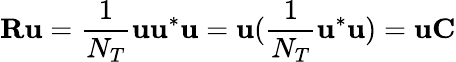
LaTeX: \mathbf{R}\mathbf{u}=\frac{1}{N_{T}}\mathbf{u}\mathbf{u}^{*}\mathbf{u}=\mathbf{u}(\frac{1}{N_{T}}\mathbf{u}^{*}\mathbf{u})=\mathbf{u}\mathbf{C}